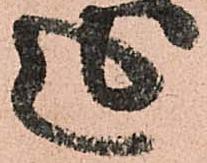
延